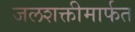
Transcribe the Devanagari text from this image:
जलशक्तीमार्फत